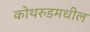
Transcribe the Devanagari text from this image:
कोथरुडमधील